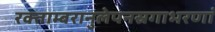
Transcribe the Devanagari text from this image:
रक्ताम्बरानुलेपनस्रगाभरणां